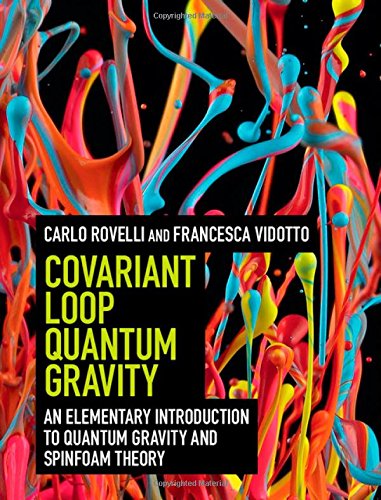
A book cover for Covariant Loop Quantum Gravity: An Elementary Introduction to Quantum Gravity and Spinfoam Theory (Cambridge Monographs on Mathematical Physics); Carlo Rovelli; Science & Math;